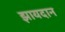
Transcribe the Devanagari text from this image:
झायदान